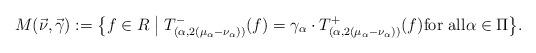
LaTeX: \begin{align*}M(\vec{\nu}, \vec\gamma) :=\bigl\{f \in R \; \big| \; T_{(\alpha, 2(\mu_\alpha-\nu_\alpha))}^-(f) = \gamma_\alpha \cdot T_{(\alpha, 2(\mu_\alpha-\nu_\alpha))}^+(f) \mbox{\rm for all} \alpha \in \Pi\bigr\}.\end{align*}